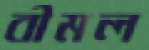
বীমল